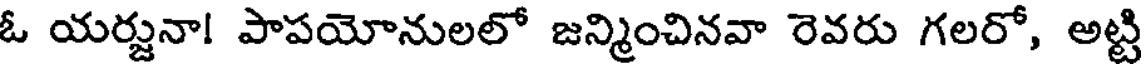
ఓ యర్జునా! పాపయోనులలో జన్మించినవా రెవరు గలరో, అట్టి